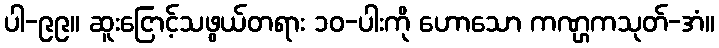
ပါ-၉၉။ ဆူးငြောင့်သဖွယ်တရား ၁၀-ပါးကို ဟောသော ကဏ္ဌ္ဌကသုတ်-အံ။